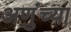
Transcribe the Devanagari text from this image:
अणुंच्या